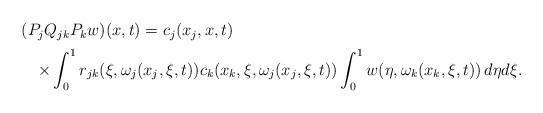
LaTeX: \begin{align*}\begin{array}{lc}(P_jQ_{jk}P_{k}w)(x,t) = c_j(x_j,x,t) \\ [2mm]\displaystyle \quad\times\int_{0}^{1} r_{jk}(\xi,\omega_j(x_j,\xi,t))c_k(x_k,\xi,\omega_j(x_j,\xi,t))\int_{0}^{1}w(\eta,\omega_k(x_k,\xi,t))\, d\eta d\xi. &\end{array}\end{align*}